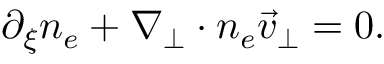
\begin{array} { r } { \partial _ { \xi } n _ { e } + \nabla _ { \perp } \cdot n _ { e } \vec { v } _ { \perp } = 0 . } \end{array}